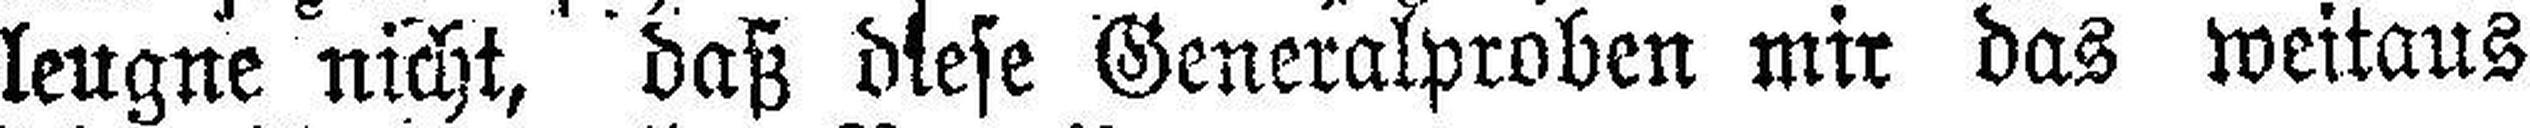
leugne nicht, daß diese Generalproben mir das weitaus